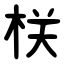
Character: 栚